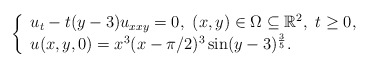
\begin{align*} \left\{ \begin{array}{ll} u_{t}-t(y-3)u_{xxy}=0,\ (x,y)\in \Omega\subseteq \mathbb{R}^2,\ t\geq 0, \\ u(x,y,0)=x^3(x-\pi/2)^3\sin (y-3)^{\frac{3}{5}}. \end{array} \right. \end{align*}